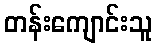
တန်းကျောင်းသူ